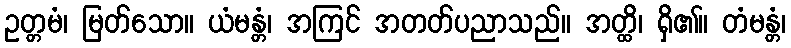
ဥတ္တမံ၊ မြတ်သော။ ယံမန္တံ၊ အကြင် အတတ်ပညာသည်။ အတ္ထိ၊ ရှိ၏။ တံမန္တံ၊